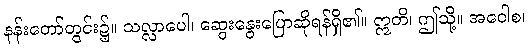
နန်းတော်တွင်း၌။ သလ္လာပေါ၊ ဆွေးနွေးပြောဆိုရန်ရှိ၏။ ဣတိ၊ ဤသို့။ အဝေါစ၊